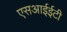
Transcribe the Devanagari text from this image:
एसआईईटी